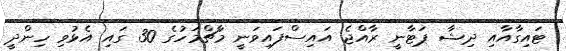
ޓައިގާއާއި ދިޝާ ޕަޓާނީ ރާއްޖެ އައިސްފައިވަނީ މާޗްމަހުގެ 30 ގައި އެޅުވި ހިންދީ